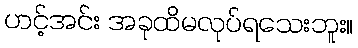
ဟင့်အင်း အခုထိမလုပ်ရသေးဘူး။